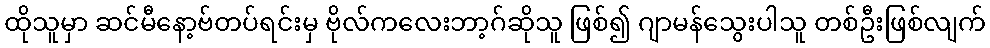
ထိုသူမှာ ဆင်မီနော့ဗ်တပ်ရင်းမှ ဗိုလ်ကလေးဘာ့ဂ်ဆိုသူ ဖြစ်၍ ဂျာမန်သွေးပါသူ တစ်ဦးဖြစ်လျက်